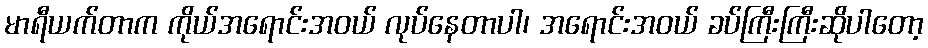
မာရီယက်တာက ကိုယ်အရောင်းအဝယ် လုပ်နေတာပါ၊ အရောင်းအဝယ် ခပ်ကြီးကြီးဆိုပါတော့